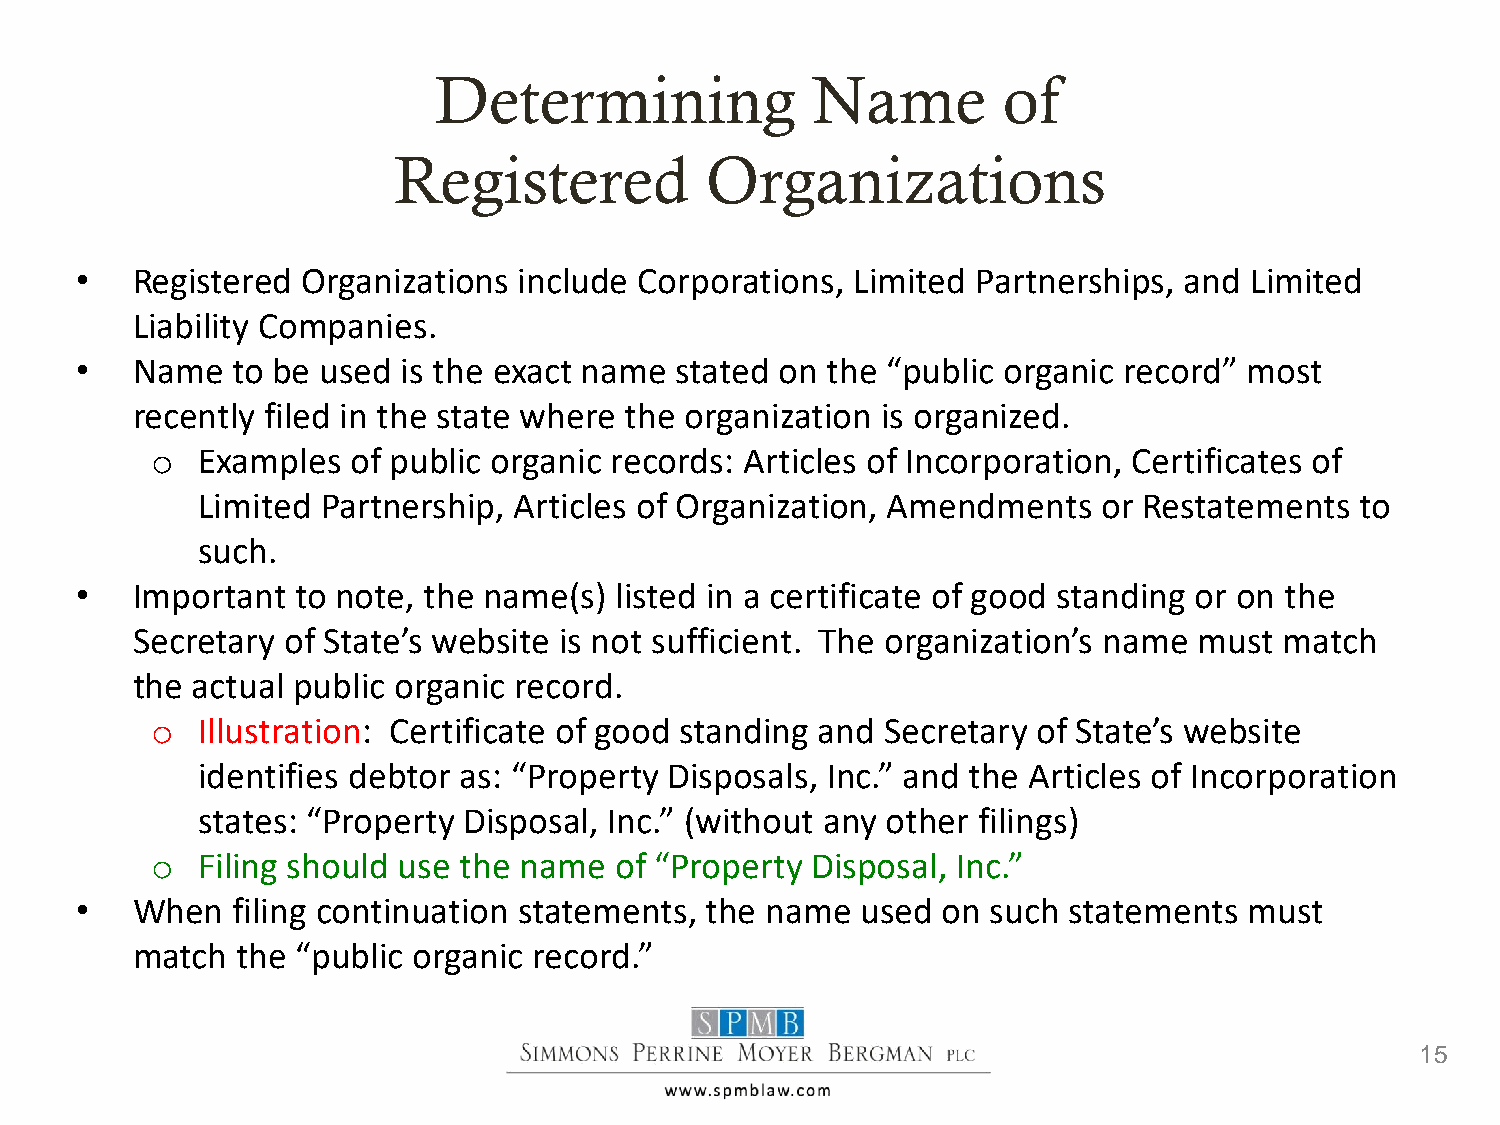
Determining              Name        of
 Registered           Organizations
 •   Registered Organizations include Corporations,  Limited Partnerships, and Limited
 Liability Companies.
 •   Name  to be used  is the exact name stated on the “public organic record” most
 recently filed in the state where the organization is organized.
 o  Examples  of public organic records: Articles of Incorporation, Certificates of
 Limited Partnership, Articles of Organization, Amendments   or Restatements  to
 such.
 •   Important  to note, the name(s) listed in a certificate of good standing or on the
 Secretary of State’s website is not sufficient. The organization’s name must match
 the actual public organic record.
 o  Illustration: Certificate of good standing and Secretary of State’s website
 identifies debtor as: “Property Disposals, Inc.” and the Articles of Incorporation
 states: “Property Disposal, Inc.” (without any other filings)
 o  Filing should use the name  of “Property Disposal, Inc.”
 •   When  filing continuation statements, the name  used on  such statements  must
 match  the “public organic record.”
 15